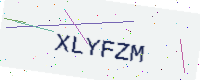
Text: XLYFZM